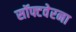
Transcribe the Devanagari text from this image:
सॉफ्टवेरना